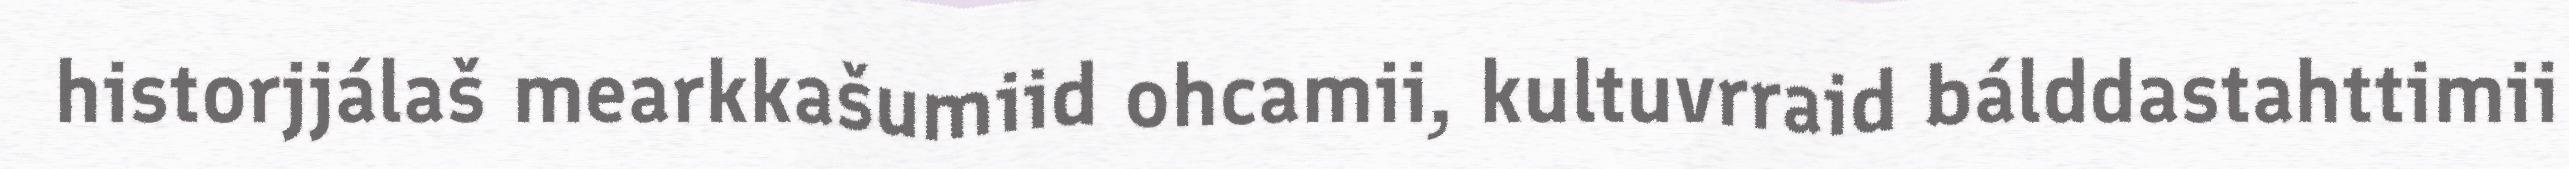
historjjálaš mearkkašumiid ohcamii, kultuvrraid bálddastahttimii